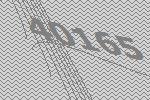
40165